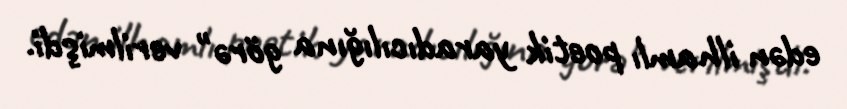
edən ilhamlı poetik yaradıcılığına görə" verilmişdi.